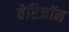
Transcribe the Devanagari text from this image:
वेरिजॉन